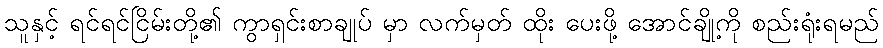
သူနှင့် ရင်ရင်ငြိမ်းတို့၏ ကွာရှင်းစာချုပ် မှာ လက်မှတ် ထိုး ပေးဖို့ အောင်ချို့ကို စည်းရုံးရမည်